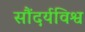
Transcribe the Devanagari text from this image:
सौंदर्यविश्व